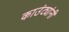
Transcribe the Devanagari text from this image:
काउंट्यांनी